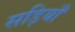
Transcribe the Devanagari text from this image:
सड़ियाँ